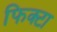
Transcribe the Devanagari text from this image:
फिक्टा